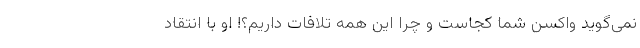
نمی‌گوید واکسن شما کجاست و چرا این همه تلافات داریم؟! او با انتقاد